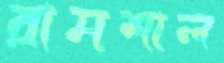
রামশাল